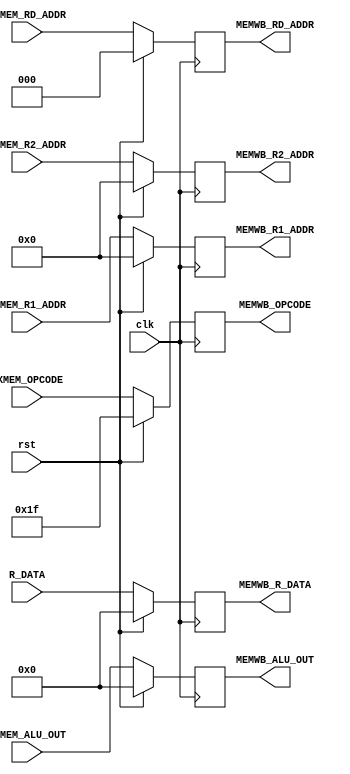
module MEMWB (
	output	[4:0]	MEMWB_OPCODE,
	output 	[2:0]	MEMWB_RD_ADDR,
	output 	[3:0]	MEMWB_R1_ADDR,
	output	[3:0]	MEMWB_R2_ADDR,
	//output	[7:0]	MEMWB_RD_DATA,
	//output	[7:0]	MEMWB_R1_DATA,
	//output	[7:0]	MEMWB_R2_DATA,
	output 	[7:0]	MEMWB_ALU_OUT,
	output 	[7:0]	MEMWB_R_DATA,
	input 	[4:0]	EXMEM_OPCODE,
	input 	[2:0]	EXMEM_RD_ADDR,
	input 	[3:0]	EXMEM_R1_ADDR,
	input 	[3:0]	EXMEM_R2_ADDR,
	//input  	[7:0]	EXMEM_RD_DATA,
	//input  	[7:0]	EXMEM_R1_DATA,
	//input  	[7:0]	EXMEM_R2_DATA,
	input 	[7:0] 	R_DATA, //data read from RAM
	input 	[7:0]	EXMEM_ALU_OUT,
	input			rst,
	input			clk);

	reg		[4:0]	opcode;
	reg 	[2:0]	rd_addr;
	reg 	[3:0] 	r1_addr;
	reg 	[3:0]	r2_addr;
	//reg 	[7:0]	rd_data;
	//reg 	[7:0] 	r1_data;
	//reg 	[7:0]	r2_data;
	reg 	[7:0]	alu_out;
	reg 	[7:0]	ram_data;

always @(posedge clk)
	if (rst) begin
		opcode 	<= 5'h1f;
		rd_addr <= 0;
		r1_addr <= 0;
		r2_addr <= 0;
		//rd_data <= 0;
		//r1_data <= 0;
		//r2_data <= 0;
		alu_out <= 0;
		ram_data <= 0;
	end
	else begin
		opcode 	<= EXMEM_OPCODE;
		rd_addr <= EXMEM_RD_ADDR;
		r1_addr <= EXMEM_R1_ADDR;
		r2_addr <= EXMEM_R2_ADDR;
		//rd_data <= EXMEM_RD_DATA;
		//r1_data <= EXMEM_R1_DATA;
		//r2_data <= EXMEM_R2_DATA;
		alu_out <= EXMEM_ALU_OUT;
		ram_data <= R_DATA;
	end

assign MEMWB_OPCODE  = opcode;
assign MEMWB_RD_ADDR = rd_addr;
assign MEMWB_R1_ADDR = r1_addr;
assign MEMWB_R2_ADDR = r2_addr;
//assign MEMWB_RD_DATA = rd_data;
//assign MEMWB_R1_DATA = r1_data;
//assign MEMWB_R2_DATA = r2_data;
assign MEMWB_ALU_OUT = alu_out;
assign MEMWB_R_DATA = ram_data;
endmodule